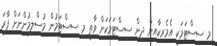
މި ސިސްޓަމަކީ އެމެރިކާއިން ދިން ސިސްޓަމަކަށް ވާތީ މި ސިސްޓަމުން މުސްލިމުންނަށް ފާރަ